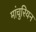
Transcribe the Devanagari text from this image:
मांचुरियन